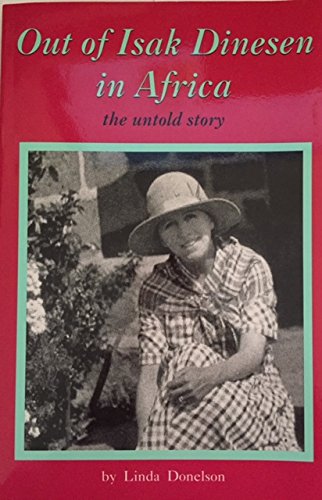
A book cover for Out of Isak Dinesen in Africa: The Untold Story; Linda Donelson; Travel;